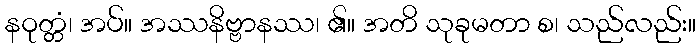
နဝုတ္တံ၊ အပ်။ အဿနိဗ္ဗာနဿ၊ ၏။ အတိ သုခုမတာ စ၊ သည်လည်း။